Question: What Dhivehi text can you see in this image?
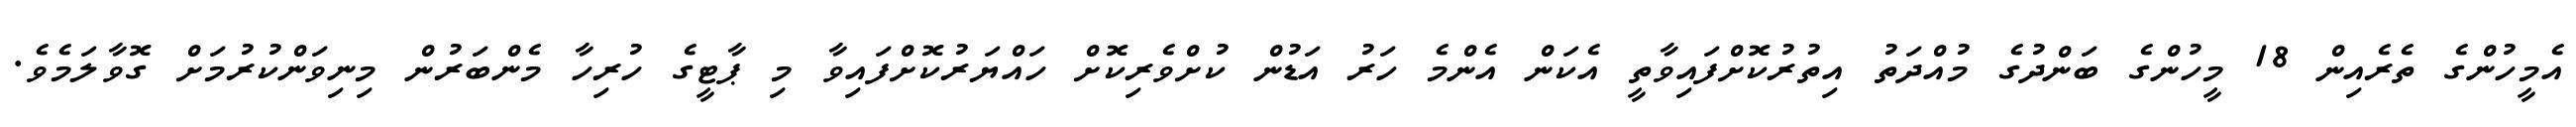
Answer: އެމީހުންގެ ތެރެއިން 18 މީހުންގެ ބަންދުގެ މުއްދަތު އިތުރުކޮށްފައިވާތީ އެކަން އެންމެ ހަރު އަޑުން ކުށްވެރިކޮށް ހައްޔަރުކޮށްފައިވާ މި ޕާޓީގެ ހުރިހާ މެންބަރުން މިނިވަންކުރުމަށް ގޮވާލަމެވެ.